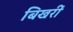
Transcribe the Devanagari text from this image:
बिखरीं